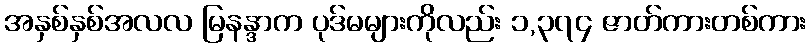
အနှစ်နှစ်အလလ မြနန္ဒာက ပုဒ်မများကိုလည်း ၁,၃၇၄ ဇာတ်ကားတစ်ကား